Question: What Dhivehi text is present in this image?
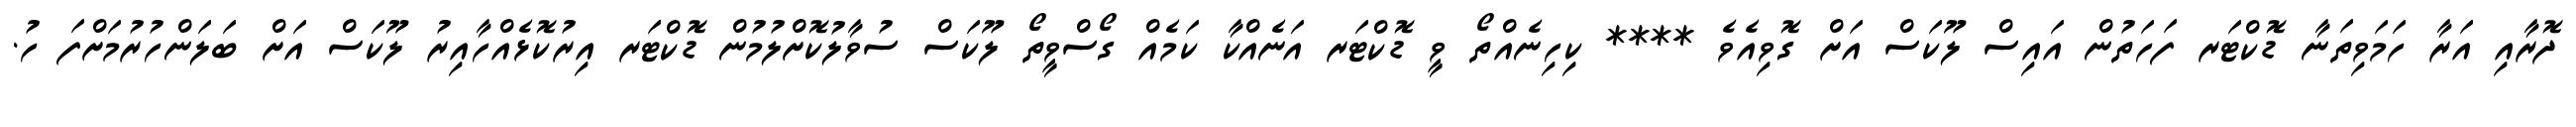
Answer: ދޮރާއި އަރާ ހަމަވިތަނާ ޑޮކްޓަރ ފަހަތުން އައިސް ލޫކަސް އަށް ގޮވިއެވެ **** ކިހިނެއްތޯ ވީ ޑޮކްޓަރ އަނެއްކާ ކަމެއް ގޯސްވީތޯ ލޫކަސް ސުވާލުކޮށްލުމުން ޑޮކްޓަރ އިރުކޮޅެއްހާއިރު ލޫކަސް އަށް ބަލަންހުރުމަށްފަ ހު.